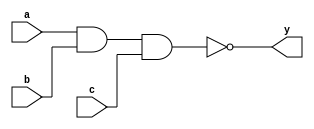
`timescale 1ns / 1ps
//////////////////////////////////////////////////////////////////////////////////
// Module Name: xup_nand3
//////////////////////////////////////////////////////////////////////////////////
module xup_nand3 #(parameter DELAY = 3)(
    input a,
    input b,
    input c,
    output y
    );
    
    nand #DELAY (y,a,b,c);
    
endmodule